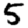
Digit: 5